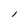
Character: l